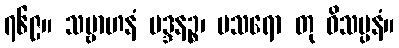
၇၆၉။ သမ္ဗာဟနံ မဒ္ဒနဉ္စ၊ ပသရော တု ဝိသပ္ပနံ။